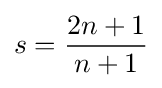
s={\frac {2n+1}{n+1}}